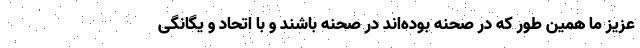
عزیز ما همین طور که در صحنه بوده‌اند در صحنه باشند و با اتحاد و یگانگی